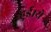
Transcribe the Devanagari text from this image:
हुई।ये